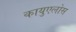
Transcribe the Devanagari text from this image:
कायुएलोस